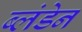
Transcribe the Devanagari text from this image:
ब्लंडेन